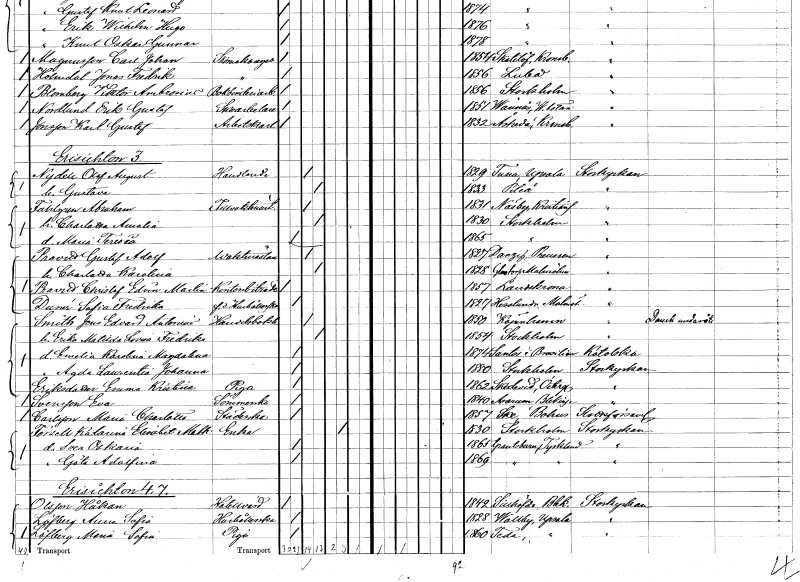
gt_parse: households: individuals: FN: Olof August
EN: Nydell
YRKE: Handlande
KON: M
CIV: G
FODAR: 1829
FODFORS: Tuna Uppsala län
FN: Gustava
KON: K
CIV: G
FODAR: 1833
FODFORS: Piteå Norrbottens län
FN: Abraham
EN: Fahlgren
YRKE: Tullvaktmästare
KON: M
CIV: G
FODAR: 1831
FODFORS: Nosaby Kristianstads län
FN: Charlotta Amalia
KON: K
CIV: G
FODAR: 1830
FODFORS: Stockholm
FN: Maria Teresia
KON: K
CIV: O
FODAR: 1865
FODFORS: Stockholm
FN: Gustaf Adolf
EN: Pravild
YRKE: Vaktmästare
KON: M
CIV: G
FODAR: 1827
FN: Charlotta Karolina
KON: K
CIV: G
FODAR: 1828
FODFORS: Glostorp Malmöhus län
FN: Christof Edvin Martin
EN: Pravild
YRKE: Kontorsbiträde
KON: M
CIV: O
FODAR: 1857
FODFORS: Landskrona Malmöhus län
FN: Sofia Fredrika
EN: Dunér
YRKE: Hushållerska f.d.
KON: K
CIV: O
FODAR: 1827
FODFORS: Hässlunda Malmöhus län
FN: Jens Edvard Antonius
EN: Smith
YRKE: Handelsbokhållare
KON: M
CIV: G
FODAR: 1850
FN: Erika Matilda Lovisa Fredrika
KON: K
CIV: G
FODAR: 1854
FODFORS: Stockholm
FN: Emelia Karolina Magdalena
KON: K
CIV: O
FODAR: 1874
FN: Agda Laurentia Johanna
KON: K
CIV: O
FODAR: 1880
FODFORS: Stockholm
FN: Emma Kristina
EN: Eriksdotter
YRKE: Piga
KON: K
CIV: O
FODAR: 1862
FODFORS: Skedevi Östergötlands län
FN: Eva
EN: Svensson
YRKE: Sömmerska
KON: K
CIV: O
FODAR: 1840
FODFORS: Asarum Blekinge län
FN: Maria Charlotta
EN: Carlsson
YRKE: Städerska
KON: K
CIV: O
FODAR: 1857
FODFORS: Skee Göteborgs- och Bohuslän
FN: Katarina Elisabet Mathilda
EN: Torsell
YRKE: Änka
KON: K
CIV: E
FODAR: 1830
FODFORS: Stockholm
FN: Svea Oskaria
KON: K
CIV: O
FODAR: 1865
FN: Göta Adolfina
KON: K
CIV: O
FODAR: 1869
FN: Håkan
EN: Olsson
YRKE: Hotellvärd
KON: M
CIV: O
FODAR: 1842
FODFORS: Sillhövda Blekinge län
FN: Anna Sofia
EN: Löfberg
YRKE: Hushållerska
KON: K
CIV: O
FODAR: 1828
FODFORS: Vallby Uppsala län
FN: Maria Sofia
EN: Löfberg
YRKE: Piga
KON: K
CIV: O
FODAR: 1860
FODFORS: Teda Uppsala län